Report on the working of the Ranchi Indian Mental Hospital, Kanke, in Bihar and Orissa - 1930-1940
Year: 1930
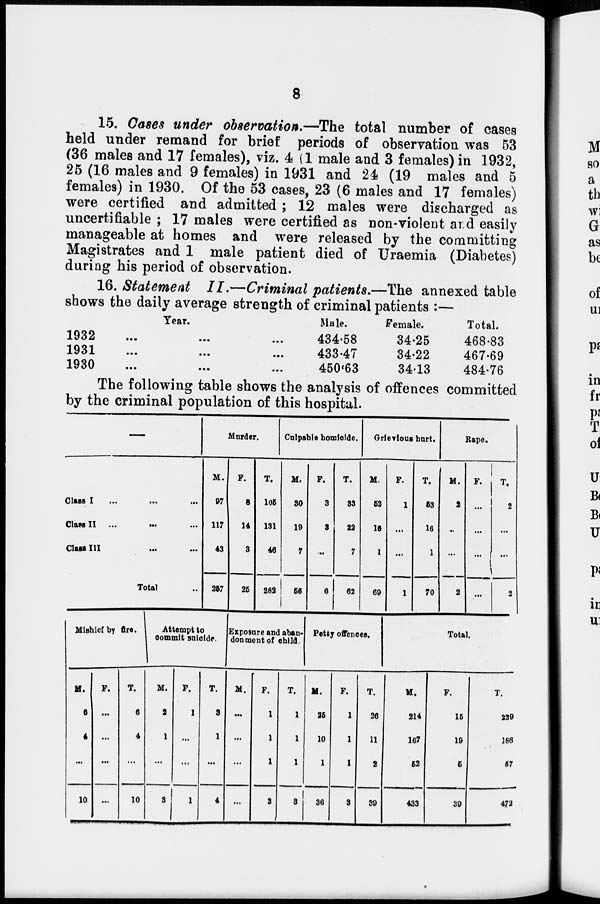
8
15. Cases under observation.—The total number of cases
held under remand for brief periods of observation was 53
(36 males and 17 females), viz. 4 (1 male and 3 females) in 1932,
25 (16 males and 9 females) in 1931 and 24 (19 males and 5
females) in 1930. Of the 53 cases, 23 (6 males and 17 females)
were certified and admitted ; 12 males were discharged as
uncertifiable ; 17 males were certified as non-violent and easily
manageable at homes and were released by the committing
Magistrates and 1 male patient died of Uraemia (Diabetes)
during his period of observation.
16. Statement II.—Criminal patients.—The annexed table
shows the daily average strength of criminal patients :—
Year.
1932
...
...
...
1931
...
...
...
1930
...
...
...
Male.
434.58
433.47
450.63
Female.
34.25
34.22
34.13
Total.
468.83
467.69
484.76
The following table shows the analysis of offences committed
by the criminal population of this hospital.
—
Class I
...
...
...
Class II
...
...
...
Class III ... ... ...
Total
Murder.
M.
97
117
43
257
F.
8
14
3
25
T.
105
131
46
282
Cupable homicide.
M.
30
19
7
56
F.
3
3
...
6
T.
33
22
7
62
Grievious hurt.
M.
52
16
1
69
F.
1
...
...
1
T.
53
16
1
70
Rape.
M.
2
...
...
2
F.
...
...
...
...
T.
2
...
...
2
Mishief by fire.
M.
6
4
...
10
F.
...
...
...
...
T.
6
4
...
10
Attempt to
commit suicide.
M.
2
1
...
3
F.
1
...
...
1
T.
3
1
...
4
Exposure and aban-
donment of child.
M.
...
...
...
...
F.
1
1
1
3
T.
1
1
1
3
Petty offences.
M.
25
10
1
36
F.
1
1
1
3
T.
26
11
2
39
Total.
M.
214
167
52
433
F.
15
19
5
39
T.
229
186
57
472